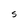
Character: S